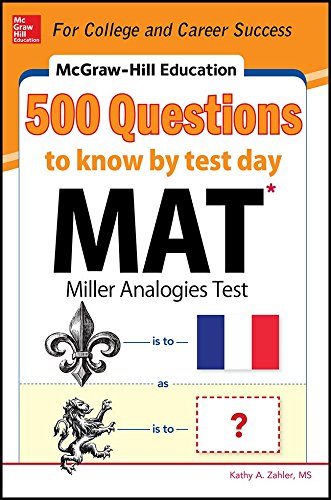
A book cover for McGraw-Hill Education 500 MAT Questions to Know by Test Day (McGraw-Hill's 500 Questions); Kathy Zahler; Test Preparation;